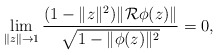
\begin{align*} \lim_{\|z\|\to 1}\frac{(1- \|z\|^2) \|\mathcal R \phi(z)\|}{\sqrt{1- \|\phi(z)\|^2}}=0, \end{align*}